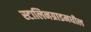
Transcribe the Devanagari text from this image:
स्टालिनग्राडमधील